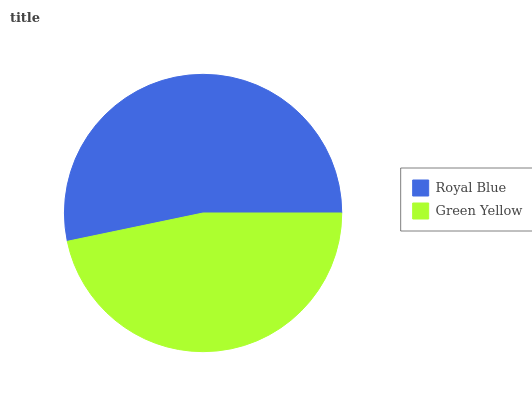
| Royal Blue | Green Yellow |
 | --- | --- |
 | 53.3% | 46.7% |